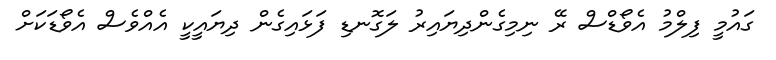
ގައުމީ ފިލްމު އެވޯޑްސް ރޭ ނިމިގެންދިޔައިރު ލަގޮނޑި ފަޅައިގެން ދިޔައީކީ އެއްވެސް އެވޯޑަކަށް